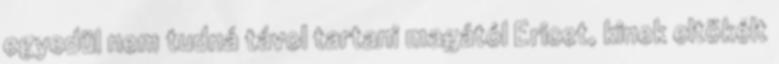
egyedül nem tudná távol tartani magától Ericet, kinek eltökélt